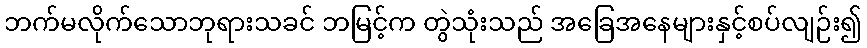
ဘက်မလိုက်သောဘုရားသခင် ဘမြင့်က တွဲသုံးသည် အခြေအနေများနှင့်စပ်လျဉ်း၍